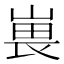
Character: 嵔